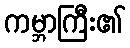
ကမ္ဘာကြီး၏